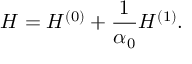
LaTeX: H = H ^ { ( 0 ) } + \frac { 1 } { \alpha _ { 0 } } H ^ { ( 1 ) } .